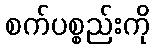
စက်ပစ္စည်းကို